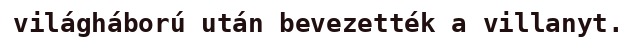
világháború után bevezették a villanyt.